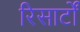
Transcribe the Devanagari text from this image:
रिसार्टों